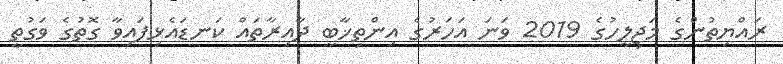
ރައްޔިތުންގެ މަޖިލީހުގެ 2019 ވަނަ އަހަރުގެ އިންތިޚާބީ ދާއިރާތައް ކަނޑައެޅިފައިވާ ގޮތުގެ ވަގުތީ